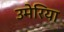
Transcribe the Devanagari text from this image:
उमेरिया